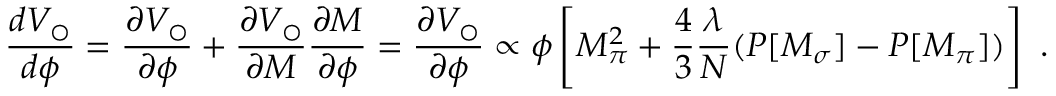
{ \frac { d V _ { \bigcirc } } { d \phi } } = { \frac { \partial V _ { \bigcirc } } { \partial \phi } } + { \frac { \partial V _ { \bigcirc } } { \partial M } } { \frac { \partial M } { \partial \phi } } = { \frac { \partial V _ { \bigcirc } } { \partial \phi } } \propto \phi \left[ M _ { \pi } ^ { 2 } + { \frac { 4 } { 3 } } { \frac { \lambda } { N } } ( P [ M _ { \sigma } ] - P [ M _ { \pi } ] ) \right] ~ .